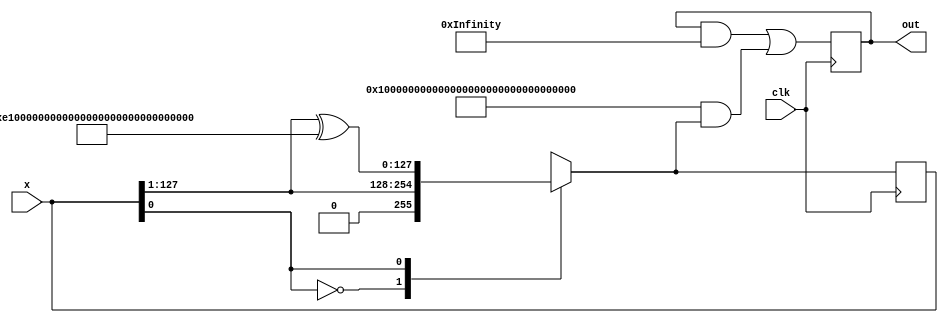
`timescale 1ns / 1ps
//////////////////////////////////////////////////////////////////////////////////
// Company: 
// Engineer: 
// 
// Design Name: 
// Module Name: test
// Project Name: 
// Target Devices: 
// Tool Versions: 
// Description: 
// 
// Dependencies: 
// 
// Revision:
// Revision 0.01 - File Created
// Additional Comments:
// 
//////////////////////////////////////////////////////////////////////////////////

module matrix_gen(clk, x, out);
    input clk;
    input [127:0] x;
    output reg [128 * 128 - 1:0] out;
    
    integer count = 0;
    reg [127:0] z, z1;
    always @(x) begin count <= 0; z <= x; end
    always @(posedge clk)
    begin
        if(count < 128)
        begin
            case(z[0])
            1'b0: begin z1 = z >> 1; end
            1'b1: begin z1 = (z >> 1) ^ 128'hE1000000000000000000000000000000; end
            endcase
            z = z1;
            count = count + 1;
            out[count * 128 - 1 -: 128] = z;
        end
    end
endmodule

module compute(clk, matrix, y, out);
    input clk;
    input [128 * 128 - 1:0] matrix;
    input [127:0] y;
    output reg [127:0] out;
    
    integer i;
    always @(posedge clk)
    begin
        for(i = 0; i < 128; i = i + 1)
        begin
            out[i] <= (matrix[0+i]&y[127])^(matrix[128+i]&y[126])^(matrix[256+i]&y[125])^(matrix[384+i]&y[124])^(matrix[512+i]&y[123])^(matrix[640+i]&y[122])^(matrix[768+i]&y[121])^(matrix[896+i]&y[120])^(matrix[1024+i]&y[119])^(matrix[1152+i]&y[118])^(matrix[1280+i]&y[117])^(matrix[1408+i]&y[116])^(matrix[1536+i]&y[115])^(matrix[1664+i]&y[114])^(matrix[1792+i]&y[113])^(matrix[1920+i]&y[112])^(matrix[2048+i]&y[111])^(matrix[2176+i]&y[110])^(matrix[2304+i]&y[109])^(matrix[2432+i]&y[108])^(matrix[2560+i]&y[107])^(matrix[2688+i]&y[106])^(matrix[2816+i]&y[105])^(matrix[2944+i]&y[104])^(matrix[3072+i]&y[103])^(matrix[3200+i]&y[102])^(matrix[3328+i]&y[101])^(matrix[3456+i]&y[100])^(matrix[3584+i]&y[99])^(matrix[3712+i]&y[98])^(matrix[3840+i]&y[97])^(matrix[3968+i]&y[96])^(matrix[4096+i]&y[95])^(matrix[4224+i]&y[94])^(matrix[4352+i]&y[93])^(matrix[4480+i]&y[92])^(matrix[4608+i]&y[91])^(matrix[4736+i]&y[90])^(matrix[4864+i]&y[89])^(matrix[4992+i]&y[88])^(matrix[5120+i]&y[87])^(matrix[5248+i]&y[86])^(matrix[5376+i]&y[85])^(matrix[5504+i]&y[84])^(matrix[5632+i]&y[83])^(matrix[5760+i]&y[82])^(matrix[5888+i]&y[81])^(matrix[6016+i]&y[80])^(matrix[6144+i]&y[79])^(matrix[6272+i]&y[78])^(matrix[6400+i]&y[77])^(matrix[6528+i]&y[76])^(matrix[6656+i]&y[75])^(matrix[6784+i]&y[74])^(matrix[6912+i]&y[73])^(matrix[7040+i]&y[72])^(matrix[7168+i]&y[71])^(matrix[7296+i]&y[70])^(matrix[7424+i]&y[69])^(matrix[7552+i]&y[68])^(matrix[7680+i]&y[67])^(matrix[7808+i]&y[66])^(matrix[7936+i]&y[65])^(matrix[8064+i]&y[64])^(matrix[8192+i]&y[63])^(matrix[8320+i]&y[62])^(matrix[8448+i]&y[61])^(matrix[8576+i]&y[60])^(matrix[8704+i]&y[59])^(matrix[8832+i]&y[58])^(matrix[8960+i]&y[57])^(matrix[9088+i]&y[56])^(matrix[9216+i]&y[55])^(matrix[9344+i]&y[54])^(matrix[9472+i]&y[53])^(matrix[9600+i]&y[52])^(matrix[9728+i]&y[51])^(matrix[9856+i]&y[50])^(matrix[9984+i]&y[49])^(matrix[10112+i]&y[48])^(matrix[10240+i]&y[47])^(matrix[10368+i]&y[46])^(matrix[10496+i]&y[45])^(matrix[10624+i]&y[44])^(matrix[10752+i]&y[43])^(matrix[10880+i]&y[42])^(matrix[11008+i]&y[41])^(matrix[11136+i]&y[40])^(matrix[11264+i]&y[39])^(matrix[11392+i]&y[38])^(matrix[11520+i]&y[37])^(matrix[11648+i]&y[36])^(matrix[11776+i]&y[35])^(matrix[11904+i]&y[34])^(matrix[12032+i]&y[33])^(matrix[12160+i]&y[32])^(matrix[12288+i]&y[31])^(matrix[12416+i]&y[30])^(matrix[12544+i]&y[29])^(matrix[12672+i]&y[28])^(matrix[12800+i]&y[27])^(matrix[12928+i]&y[26])^(matrix[13056+i]&y[25])^(matrix[13184+i]&y[24])^(matrix[13312+i]&y[23])^(matrix[13440+i]&y[22])^(matrix[13568+i]&y[21])^(matrix[13696+i]&y[20])^(matrix[13824+i]&y[19])^(matrix[13952+i]&y[18])^(matrix[14080+i]&y[17])^(matrix[14208+i]&y[16])^(matrix[14336+i]&y[15])^(matrix[14464+i]&y[14])^(matrix[14592+i]&y[13])^(matrix[14720+i]&y[12])^(matrix[14848+i]&y[11])^(matrix[14976+i]&y[10])^(matrix[15104+i]&y[9])^(matrix[15232+i]&y[8])^(matrix[15360+i]&y[7])^(matrix[15488+i]&y[6])^(matrix[15616+i]&y[5])^(matrix[15744+i]&y[4])^(matrix[15872+i]&y[3])^(matrix[16000+i]&y[2])^(matrix[16128+i]&y[1])^(matrix[16256+i]&y[0]);
        end
    end
 
endmodule